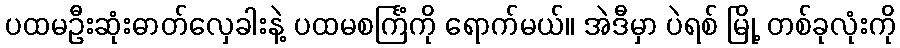
ပထမဦးဆုံးဓာတ်လှေခါးနဲ့ ပထမစင်္ကြံကို ရောက်မယ်။ အဲဒီမှာ ပဲရစ် မြို့ တစ်ခုလုံးကို